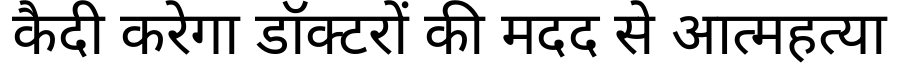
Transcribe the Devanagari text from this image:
कैदी करेगा डॉक्टरों की मदद से आत्महत्या